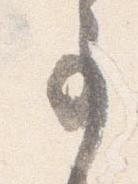
事